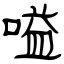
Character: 嗌